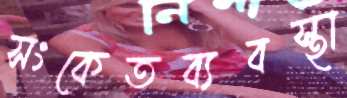
সংকেতব্যবস্থা